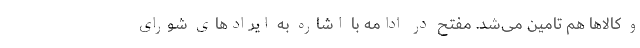
و کالاها هم تامین می‌شد. مفتح در ادامه با اشاره به ایرادهای شورای